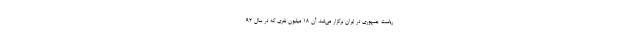
ریاست جمهوری در ایران برگزار می‌شد، آن 18 میلیون نفری که در سال 92